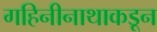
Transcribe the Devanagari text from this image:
गहिनीनाथाकडून